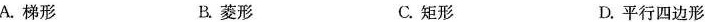
A.梯形 B.菱形 C.矩形 D.平行四边形